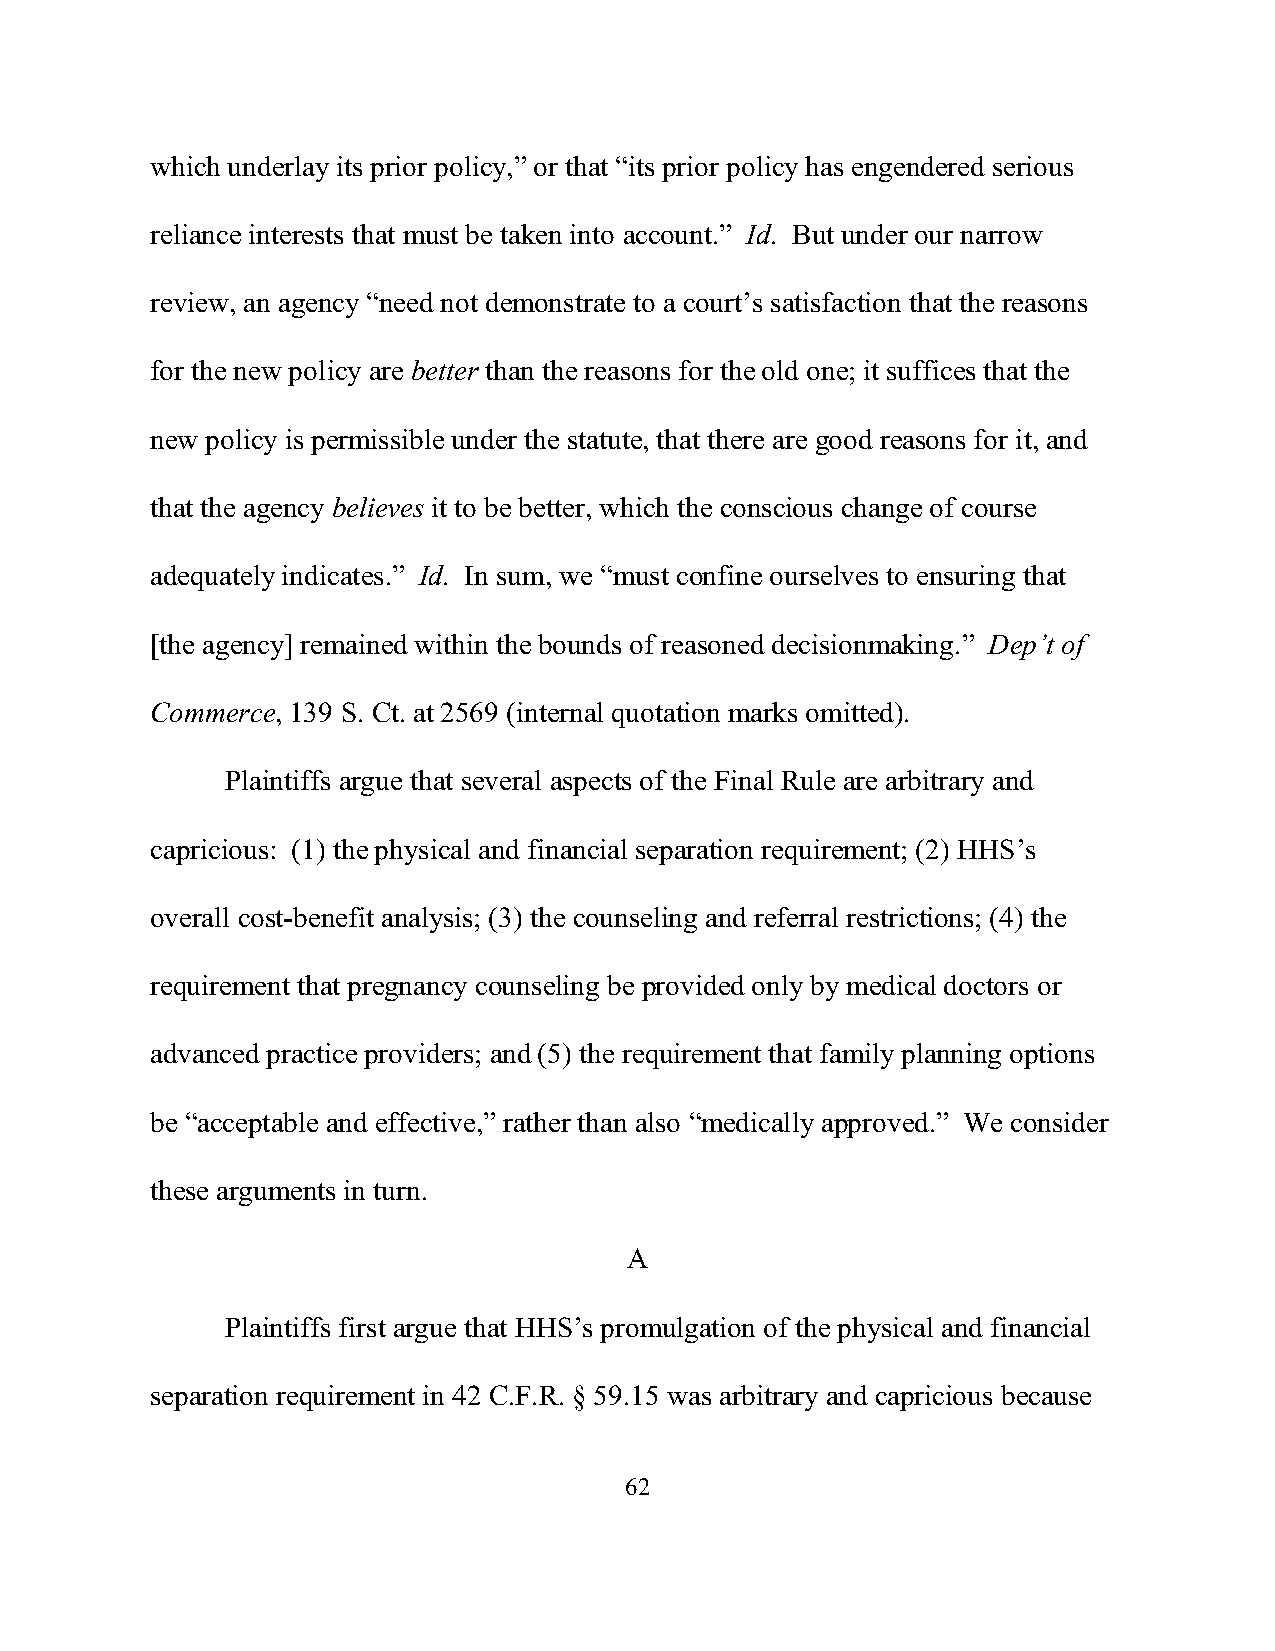
which underlay its prior policy,” or that “its prior policy has engendered serious
 reliance interests that must be taken into account.” Id. But under our narrow
 review, an agency “need not demonstrate to a court’s satisfaction that the reasons
 for the new policy are better than the reasons for the old one; it suffices that the
 new policy is permissible under the statute, that there are good reasons for it, and
 that the agency believes it to be better, which the conscious change of course
 adequately indicates.” Id. In sum, we “must confine ourselves to ensuring that
 [the agency] remained within the bounds of reasoned decisionmaking.” Dep’t of
 Commerce, 139 S. Ct. at 2569 (internal quotation marks omitted).
 Plaintiffs argue that several aspects of the Final Rule are arbitrary and
 capricious: (1) the physical and financial separation requirement; (2) HHS’s
 overall cost-benefit analysis; (3) the counseling and referral restrictions; (4) the
 requirement that pregnancy counseling be provided only by medical doctors or
 advanced practice providers; and (5) the requirement that family planning options
 be “acceptable and effective,” rather than also “medically approved.” We consider
 these arguments in turn.
 A
 Plaintiffs first argue that HHS’s promulgation of the physical and financial
 separation requirement in 42 C.F.R. § 59.15 was arbitrary and capricious because
 62